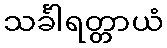
သင်္ခါရတ္တာယံ